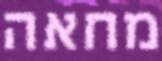
מחאה